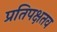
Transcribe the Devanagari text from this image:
प्रतिपक्षतव